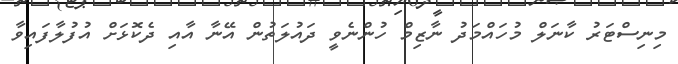
މިނިސްޓަރު ކާނަލް މުހައްމަދު ނާޒިމް ހުންނެވީ ދައުލަތުން އޭނާ އާއި ދެކޮޅަށް އުފުލާފައިވާ